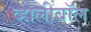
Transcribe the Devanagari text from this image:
व्हालीबॉल